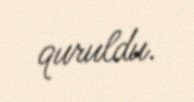
quruldu.